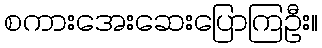
စကားအေးဆေးပြောကြဦး။